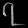
Digit: ၇